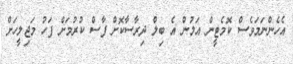
އެހެންނަމަވެސް ކޮމެޓީން އަލުން އެ ބިލް ދިރާސާކޮށް ފާސް ކުރުމަށް ފަހު މަޖިލީހަށް